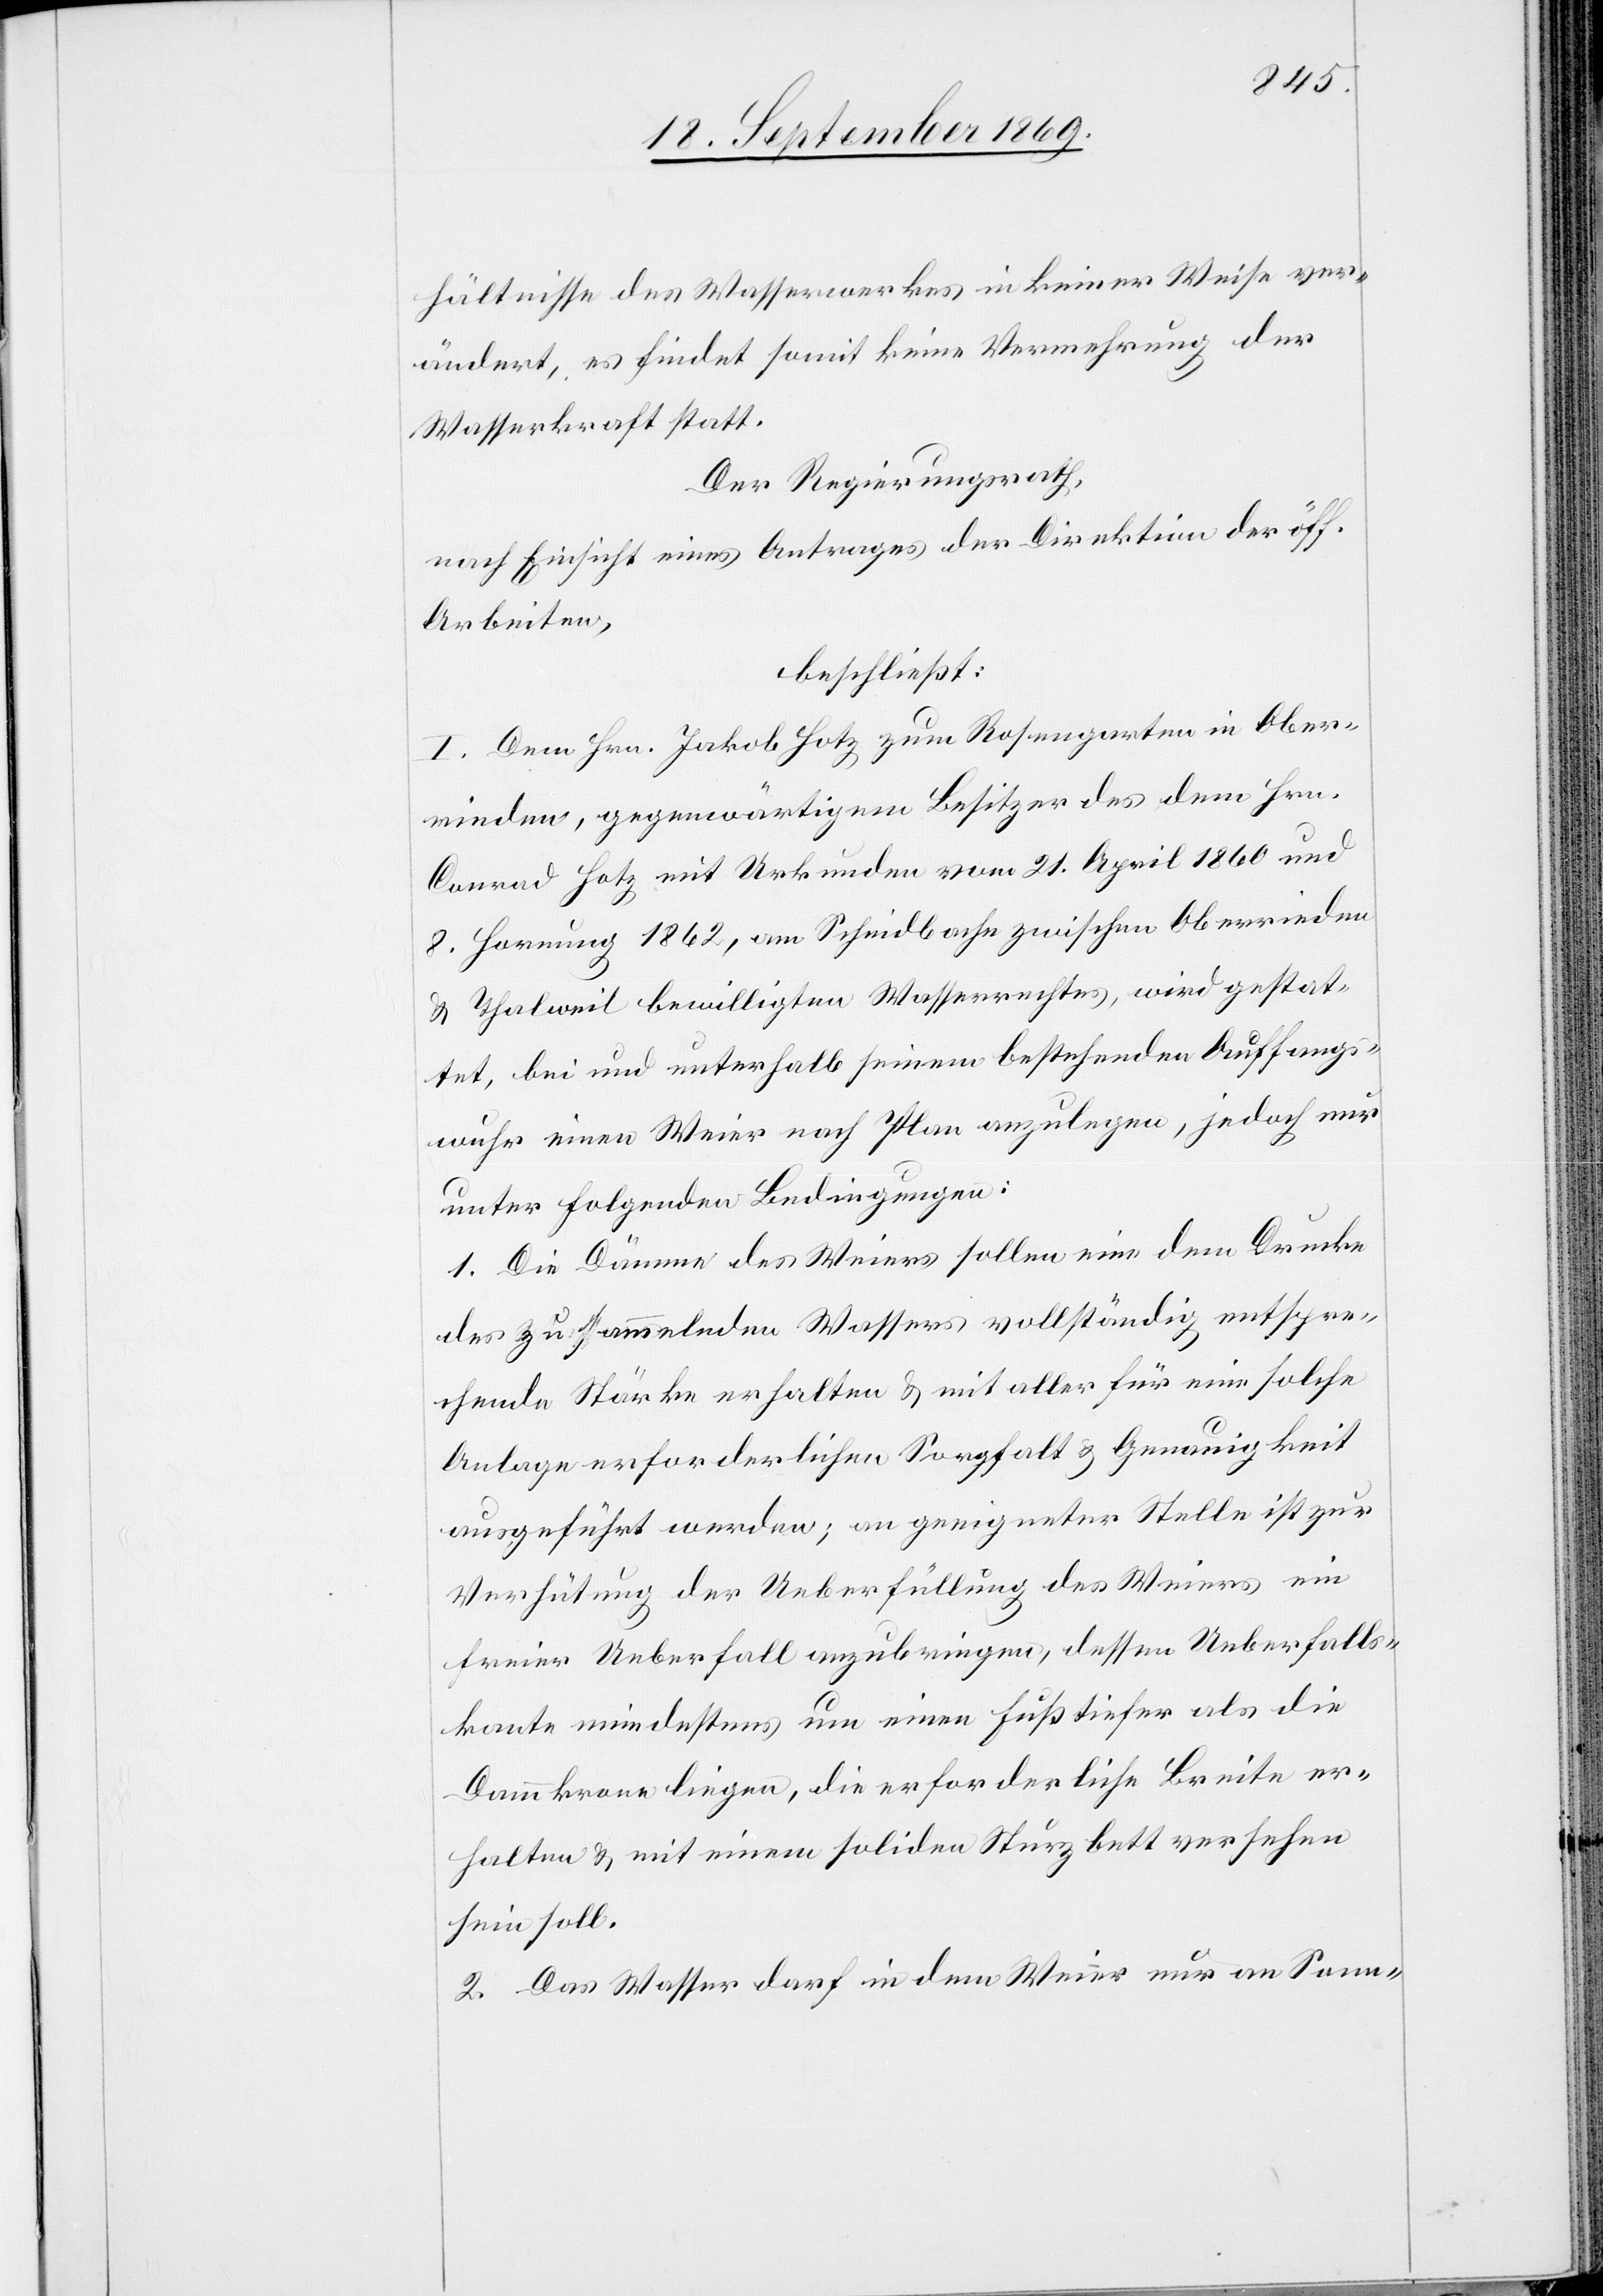
hältnisse des Wasserwerkes in keiner Weise ver¬
ändert, es findet somit keine Vermehrung der
Wasserkraft statt.
Der Regierungsrath,
nach Einsicht eines Antrages der Direktion der öff.
Arbeiten,
beschließt:
I. Dem Hrn. Jakob Hotz zum Rosengarten in Ober¬
rieden, gegenwärtigem Besitzer des dem Hrn.
Conrad Hotz mit Urkunden vom 21. April 1860 und
8. Hornung 1862, am Scheidbache zwischen Oberrieden
& Thalweil bewilligten Wasserrechtes, wird gestat¬
tet, bei und unterhalb seinem bestehenden Auffangs¬
wuhr einen Weier nach Plan anzulegen, jedoch nur
unter folgenden Bedingungen:
1. Die Dämme des Weiers sollen eine dem Drucke
des zu sammelnden Wassers vollständig entspre¬
chende Stärke erhalten & mit aller für eine solche
Anlage erforderlichen Sorgfalt & Genauigkeit
ausgeführt werden; an geeigneter Stelle ist zur
Verhütung der Ueberfüllung des Weieres ein
freier Ueberfall anzubringen, dessen Ueberfalls¬
kante mindestens um einen Fuß tiefer als die
Dammkrone liegen, die erforderliche Breite er¬
halten & mit einem soliden Sturzbett versehen
sein soll.
2. Das Wasser darf in dem Weier nur an Sonn-